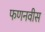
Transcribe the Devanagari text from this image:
फणनवीस